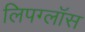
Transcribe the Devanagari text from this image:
लिपग्लॉस